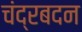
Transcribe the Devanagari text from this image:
चंद्रबदन